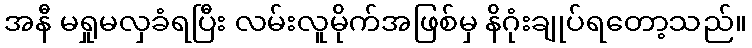
အနီ မရှုမလှခံရပြီး လမ်းလူမိုက်အဖြစ်မှ နိဂုံးချုပ်ရတော့သည်။